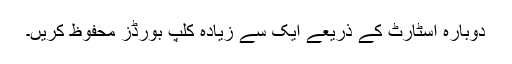
دوبارہ اسٹارٹ کے ذریعے ایک سے زیادہ کلپ بورڈز محفوظ کریں۔